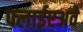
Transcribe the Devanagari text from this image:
फ्लाईएअवे